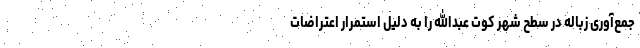
جمع‌آوری زباله در سطح شهر کوت عبدالله را به دلیل استمرار اعتراضات